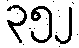
၃၅၂